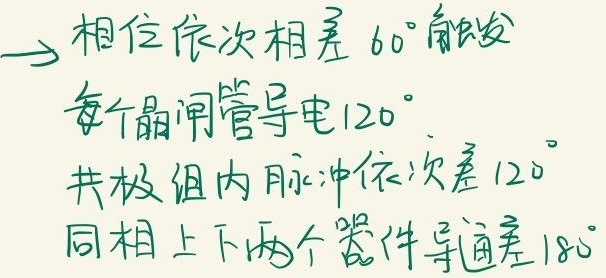
相位依次相差\(60^{\circ}\)，触发每个晶闸管导电\(120^{\circ}\)，共极组内脉冲依次差\(120^{\circ}\)，同相上下两个器件导通差\(180^{\circ}\)